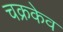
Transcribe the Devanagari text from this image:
चक्रकेव